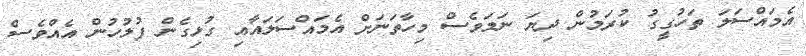
އެމައްސަލަ ތަހުގީގު ކުރަމުން ދިޔަ ނަމަވެސް މިހާތަނަށް އެމައްސަލައާއި ގުޅިގެން ފުލުހުން އެއްވެސް